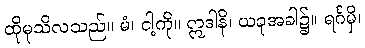
ထိုမုသိလသည်။ မံ၊ ငါ့ကို။ ဣဒါနိ၊ ယခုအခါ၌။ ရင်္ဂမှိ၊